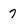
Character: 7